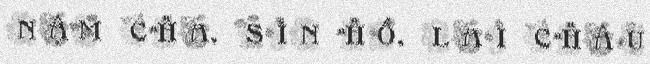
NẬM CHA, SÌN HỒ, LAI CHÂU